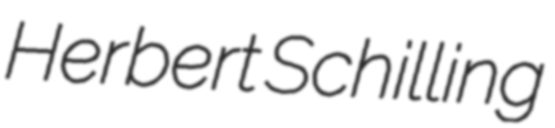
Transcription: Herbert Schilling